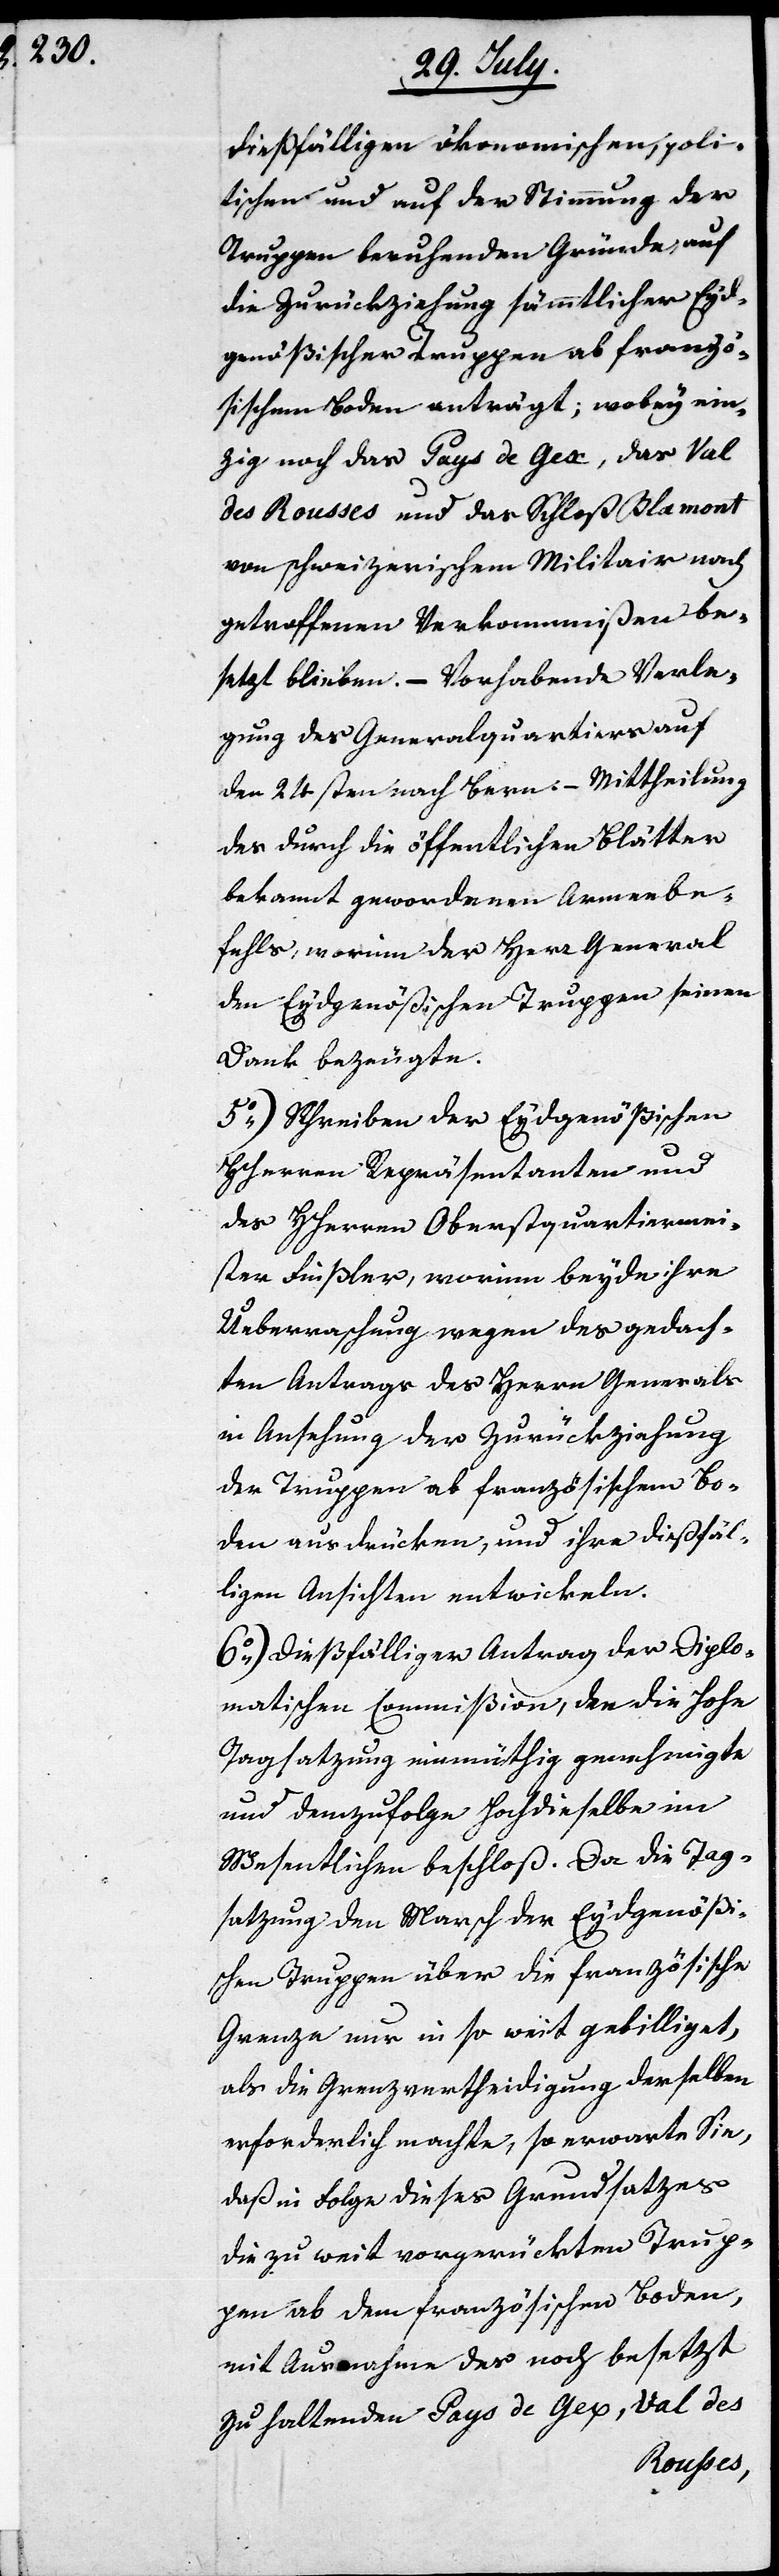
dießfälligen ökonomischen, poli¬
tischen und auf der Stimmung der
Truppen beruhenden Gründe, auf
die Zurückziehung sämmtlicher Eyd¬
genößischer Truppen ab franzö¬
sischem Boden anträgt; wobey ein¬
zig noch das Pays de Gex, das Val
des Roußes und das Schloß Blamont
von schweizerischem Militair nach
getroffenen Verkommnißen be¬
setzt bleiben. – Vorhabende Verle¬
gung des Generalquartiers auf
den 24sten nach Bern. – Mittheilung
des durch die öffentlichen Blätter
bekannt gewordenen Armeebe¬
fehls, worinn der Herr General
den Eydgenößischen Truppen seinen
Dank bezeugte.
5.) Schreiben der Eydgenößischen
HHerren Repräsentanten und
des HHerren Oberstquartiermei¬
sters Finsler, worinn beyde ihre
Ueberraschung wegen des gedach¬
ten Antrags des Herrn Generals
in Ansehung der Zurückziehung
der Truppen ab französischem Bo¬
den ausdrücken, und ihre dießfäl¬
ligen Ansichten entwickeln.
6.) Dießfälliger Antrag der Diplo¬
matischen Commißion, den die Hohe
Tagsatzung einmüthig genehmigte
und demzufolge Hochdieselbe im
Wesentlichen beschloß. Da die Tag¬
satzung den Marsch der Eydgenößi¬
schen Truppen über die französische
Grenze nur in so weit gebilliget,
als die Grenzvertheidigung derselben
erforderlich machte, so erwarte Sie,
daß in Folge dieses Grundsatzes
die zu weit vorgerückten Trup¬
pen ab dem französischen Boden,
mit Ausnahme des noch besetzt
zu haltenden Pays de Gex, Val des